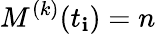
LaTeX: M^{(k)}(t_{\mathbf{i}})=n